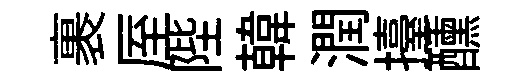
裹厔陛韓潤擡醺